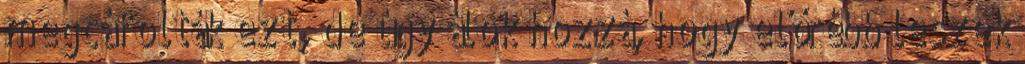
megcáfolták ezt, de úgy álok hozzá, hogy előrébb leszek